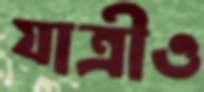
যাত্রীও